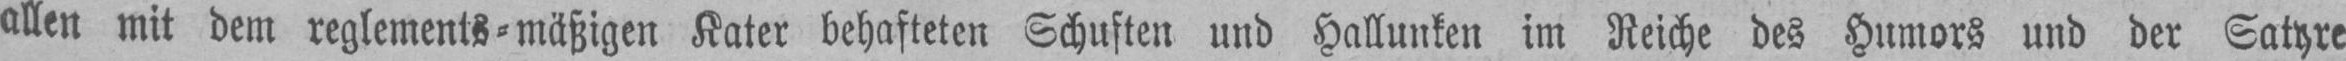
allen mit dem reglements⸗mäßigen Kater behafteten Schuften und Hallunken im Reiche des Humors und der Satyre